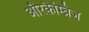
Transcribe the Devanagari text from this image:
औरकैम्ब्रिज